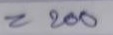
= 200